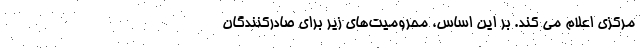
مرکزی اعلام می کند. بر این اساس، محرومیت‌های زیر برای صادرکنندگان